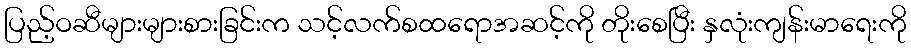
ပြည့်ဝဆီများများစားခြင်းက သင့်လက်စထရောအဆင့်ကို တိုးစေပြီး နှလုံးကျန်းမာရေးကို